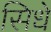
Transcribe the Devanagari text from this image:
सिधे